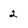
Character: 2